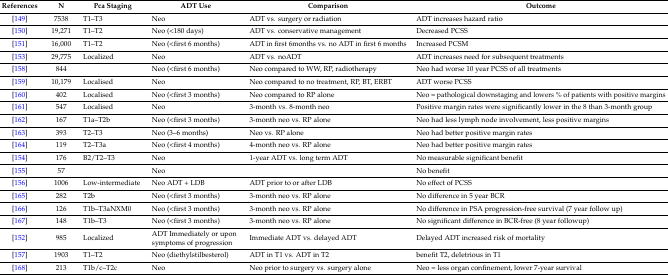
<table><thead><tr><td><b>References</b></td><td><b>N</b></td><td><b>Pca Staging</b></td><td><b>ADT Use</b></td><td><b>Comparison</b></td><td><b>Outcome</b></td></tr></thead><tbody><tr><td>[149]</td><td>7538</td><td>T1–T3</td><td>Neo</td><td>ADT vs. surgery or radiation</td><td>ADT increases hazard ratio</td></tr><tr><td>[150]</td><td>19,271</td><td>T1–T2</td><td>Neo (&lt;180 days)</td><td>ADT vs. conservative management</td><td>Decreased PCSS</td></tr><tr><td>[151]</td><td>16,000</td><td>T1–T2</td><td>Neo (<first months=""><td>ADT in first 6months vs. no ADT in first 6 months</td><td>Increased PCSM</td></first></td></tr><tr><td>[153]</td><td>29,775</td><td>Localized</td><td>Neo</td><td>ADT vs. noADT</td><td>ADT increases need for subsequent treatments</td></tr><tr><td>[158]</td><td>844</td><td>[EMPTY_CELL]</td><td>Neo (<first months=""><td>Neo compared to WW, RP, radiotherapy</td><td>Neo had worse 10 year PCSS of all treatments</td></first></td></tr><tr><td>[159]</td><td>10,179</td><td>Localised</td><td>Neo</td><td>Neo compared to no treatment, RP, BT, ERBT</td><td>ADT worse PCSS</td></tr><tr><td>[160]</td><td>402</td><td>Localised</td><td>Neo (<first months=""><td>Neo compared to RP alone</td><td>Neo = pathological downstaging and lowers % of patients with positive margins</td></first></td></tr><tr><td>[161]</td><td>547</td><td>Localised</td><td>Neo</td><td>3-month vs. 8-month neo</td><td>Positive margin rates were significantly lower in the 8 than 3-month group</td></tr><tr><td>[162]</td><td>167</td><td>T1a–T2b</td><td>Neo (<first months=""><td>3-month neo vs. RP alone</td><td>Neo had less lymph node involvement, less positive margins</td></first></td></tr><tr><td>[163]</td><td>393</td><td>T2–T3</td><td>Neo (3–6 months)</td><td>Neo vs. RP alone</td><td>Neo had better positive margin rates</td></tr><tr><td>[164]</td><td>119</td><td>T2–T3a</td><td>Neo (<first months=""><td>4-month neo vs. RP alone</td><td>Neo had better positive margin rates</td></first></td></tr><tr><td>[154]</td><td>176</td><td>B2/T2–T3</td><td>Neo</td><td>1-year ADT vs. long term ADT</td><td>No measurable significant benefit</td></tr><tr><td>[155]</td><td>57</td><td>[EMPTY_CELL]</td><td>Neo</td><td>[EMPTY_CELL]</td><td>No benefit</td></tr><tr><td>[156]</td><td>1006</td><td>Low-intermediate</td><td>Neo ADT + LDB</td><td>ADT prior to or after LDB</td><td>No effect of PCSS</td></tr><tr><td>[165]</td><td>282</td><td>T2b</td><td>Neo (<first months=""><td>3-month neo vs. RP alone</td><td>No difference in 5 year BCR</td></first></td></tr><tr><td>[166]</td><td>126</td><td>T1b–T3aNXM0</td><td>Neo (<first months=""><td>3-month neo vs. RP alone</td><td>No difference in PSA progression-free survival (7 year follow up)</td></first></td></tr><tr><td>[167]</td><td>148</td><td>T1b–T3</td><td>Neo (<first months=""><td>3-month neo vs. RP alone</td><td>No significant difference in BCR-free (8 year followup)</td></first></td></tr><tr><td>[152]</td><td>985</td><td>Localized</td><td>ADT Immediately or upon symptoms of progression</td><td>Immediate ADT vs. delayed ADT</td><td>Delayed ADT increased risk of mortality</td></tr><tr><td>[157]</td><td>1903</td><td>T1–T2</td><td>Neo (diethylstilbesterol)</td><td>ADT in T1 vs. ADT in T2</td><td>benefit T2, deletrious in T1</td></tr><tr><td>[168]</td><td>213</td><td>T1b/c–T2c</td><td>Neo</td><td>Neo prior to surgery vs. surgery alone</td><td>Neo = less organ confinement, lower 7-year survival</td></tr></tbody></table>